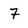
Character: 7